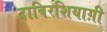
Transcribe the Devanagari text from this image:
दाबिरशियाग़ी